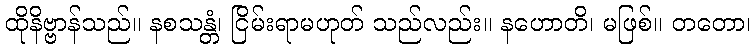
ထိုနိဗ္ဗာန်သည်။ နစသန္တံ၊ ငြိမ်းရာမဟုတ် သည်လည်း။ နဟောတိ၊ မဖြစ်။ တတော၊